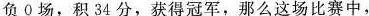
负0场，积34分，获得冠军，那么这场比赛中，